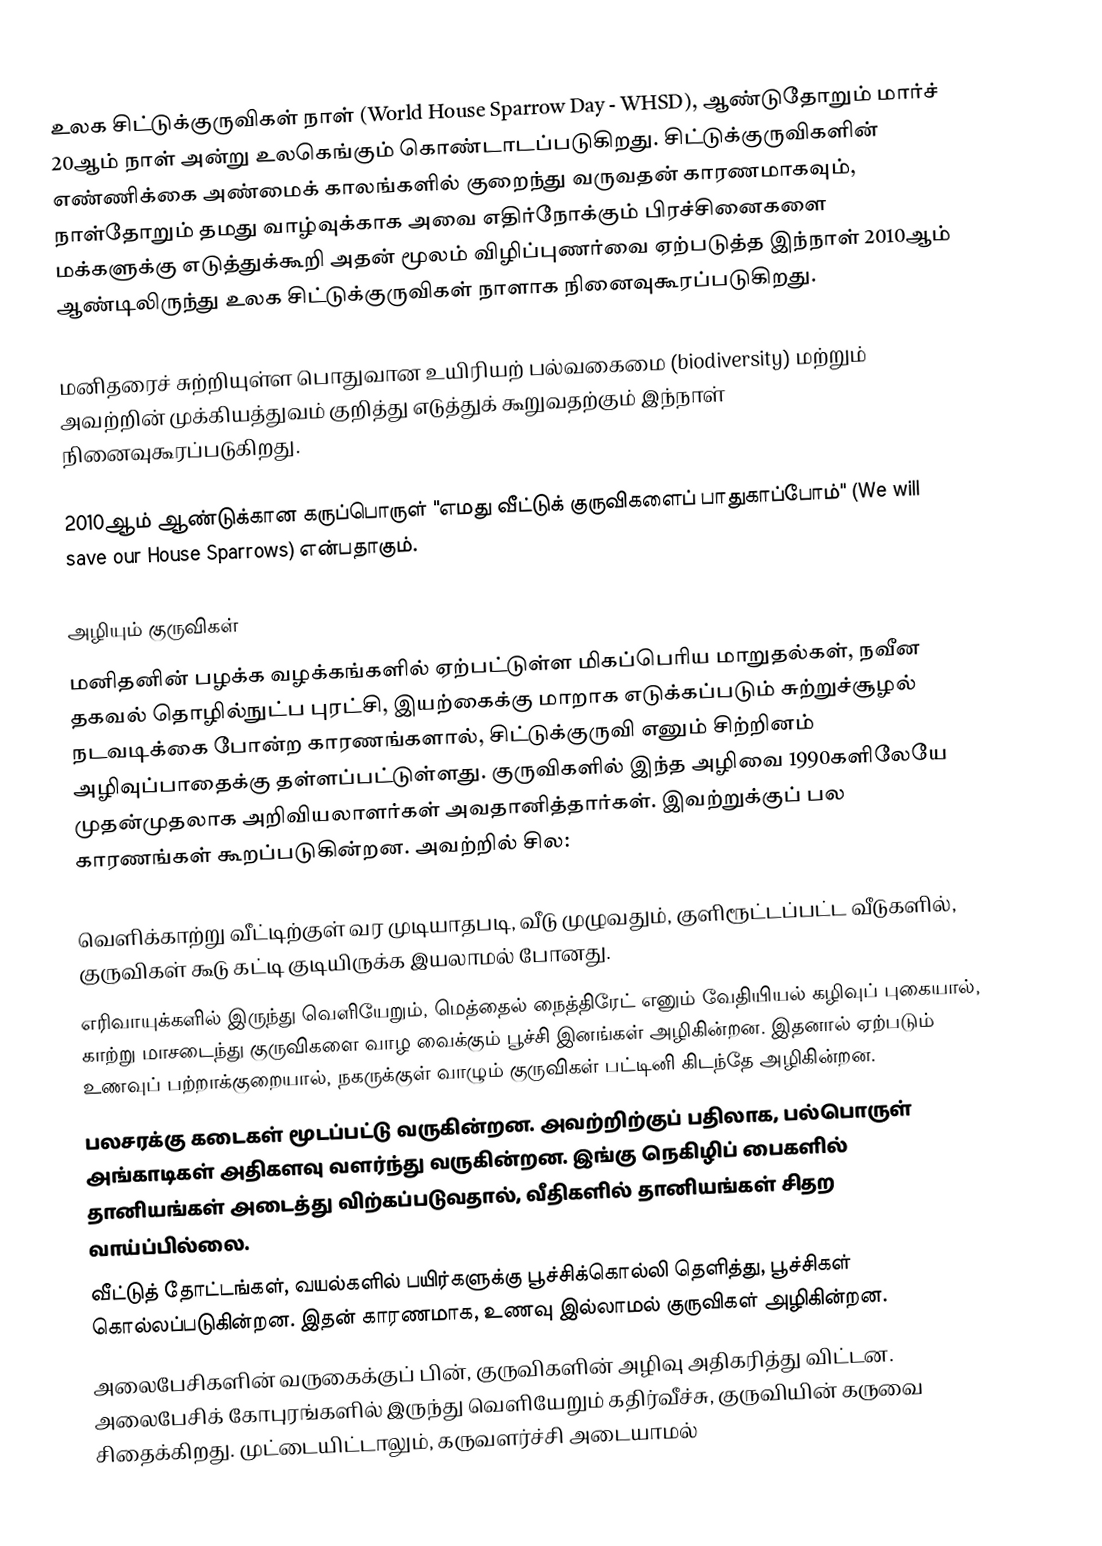
உலக சிட்டுக்குருவிகள் நாள் (World House Sparrow Day - WHSD), ஆண்டுதோறும் மார்ச் 20ஆம் நாள் அன்று உலகெங்கும் கொண்டாடப்படுகிறது. சிட்டுக்குருவிகளின் எண்ணிக்கை அண்மைக் காலங்களில் குறைந்து வருவதன் காரணமாகவும், நாள்தோறும் தமது வாழ்வுக்காக அவை எதிர்நோக்கும் பிரச்சினைகளை மக்களுக்கு எடுத்துக்கூறி அதன் மூலம் விழிப்புணர்வை ஏற்படுத்த இந்நாள் 2010ஆம் ஆண்டிலிருந்து உலக சிட்டுக்குருவிகள் நாளாக நினைவுகூரப்படுகிறது.

மனிதரைச் சுற்றியுள்ள பொதுவான உயிரியற் பல்வகைமை (biodiversity) மற்றும் அவற்றின் முக்கியத்துவம் குறித்து எடுத்துக் கூறுவதற்கும் இந்நாள் நினைவுகூரப்படுகிறது.

2010ஆம் ஆண்டுக்கான கருப்பொருள் "எமது வீட்டுக் குருவிகளைப் பாதுகாப்போம்" (We will save our House Sparrows) என்பதாகும்.

அழியும் குருவிகள்
மனிதனின் பழக்க வழக்கங்களில் ஏற்பட்டுள்ள மிகப்பெரிய மாறுதல்கள், நவீன தகவல் தொழில்நுட்ப புரட்சி, இயற்கைக்கு மாறாக எடுக்கப்படும் சுற்றுச்சூழல் நடவடிக்கை போன்ற காரணங்களால், சிட்டுக்குருவி எனும் சிற்றினம் அழிவுப்பாதைக்கு தள்ளப்பட்டுள்ளது. குருவிகளில் இந்த அழிவை 1990களிலேயே முதன்முதலாக அறிவியலாளர்கள் அவதானித்தார்கள். இவற்றுக்குப் பல காரணங்கள் கூறப்படுகின்றன. அவற்றில் சில:

 வெளிக்காற்று வீட்டிற்குள் வர முடியாதபடி, வீடு முழுவதும், குளிரூட்டப்பட்ட வீடுகளில், குருவிகள் கூடு கட்டி குடியிருக்க இயலாமல் போனது.
 எரிவாயுக்களில் இருந்து வெளியேறும், மெத்தைல் நைத்திரேட் எனும் வேதியியல் கழிவுப் புகையால், காற்று மாசடைந்து குருவிகளை வாழ வைக்கும் பூச்சி இனங்கள் அழிகின்றன. இதனால் ஏற்படும் உணவுப் பற்றாக்குறையால், நகருக்குள் வாழும் குருவிகள் பட்டினி கிடந்தே அழிகின்றன.
 பலசரக்கு கடைகள் மூடப்பட்டு வருகின்றன. அவற்றிற்குப் பதிலாக, பல்பொருள் அங்காடிகள் அதிகளவு வளர்ந்து வருகின்றன. இங்கு நெகிழிப் பைகளில் தானியங்கள் அடைத்து விற்கப்படுவதால், வீதிகளில் தானியங்கள் சிதற வாய்ப்பில்லை.
 வீட்டுத் தோட்டங்கள், வயல்களில் பயிர்களுக்கு பூச்சிக்கொல்லி தெளித்து, பூச்சிகள் கொல்லப்படுகின்றன. இதன் காரணமாக, உணவு இல்லாமல் குருவிகள் அழிகின்றன.
 அலைபேசிகளின் வருகைக்குப் பின், குருவிகளின் அழிவு அதிகரித்து விட்டன. அலைபேசிக் கோபுரங்களில் இருந்து வெளியேறும் கதிர்வீச்சு, குருவியின் கருவை சிதைக்கிறது. முட்டையிட்டாலும், கருவளர்ச்சி அடையாமல்